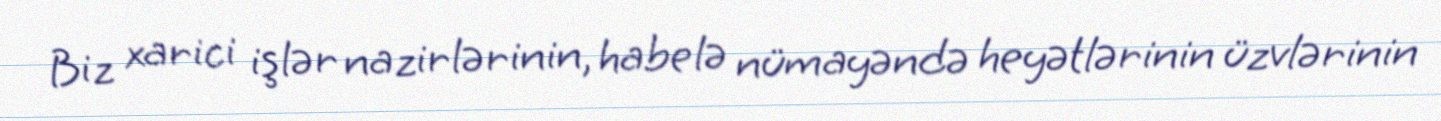
Biz xarici işlər nazirlərinin, habelə nümayəndə heyətlərinin üzvlərinin